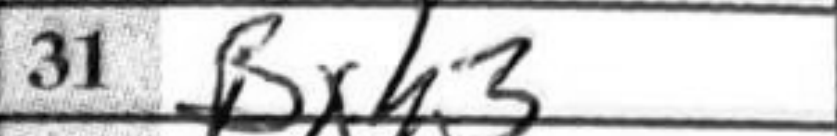
Transcription: Bxh3